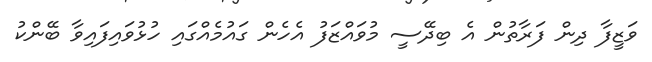
ވަޒީފާ ދިން ފަރާތުން އެ ބިދޭސީ މުވައްޒަފު އެހެން ގައުމެއްގައި ހުޅުވައިފައިވާ ބޭންކު